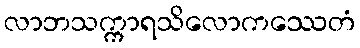
လာဘသက္ကာရသိလောကဿေတံ